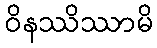
ဝိနဿိဿာမိ